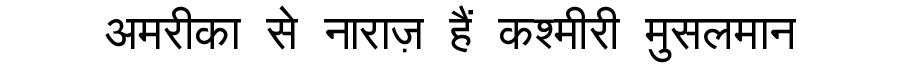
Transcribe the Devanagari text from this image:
अमरीका से नाराज़ हैं कश्मीरी मुसलमान